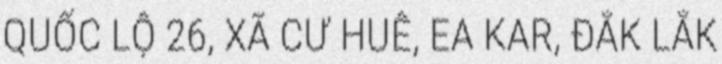
QUỐC LỘ 26, XÃ CƯ HUÊ, EA KAR, ĐẮK LẮK